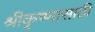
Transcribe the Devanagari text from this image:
श्रीकृष्णासाठी